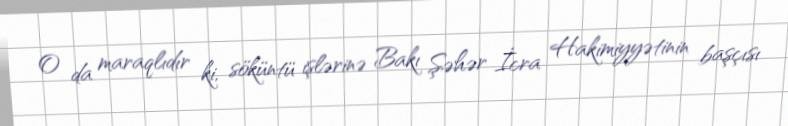
O da maraqlıdır ki, söküntü işlərinə Bakı Şəhər İcra Hakimiyyətinin başçısı